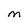
Character: M